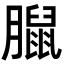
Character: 𦡔